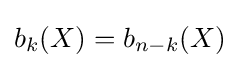
b_{k}(X)=b_{n-k}(X)